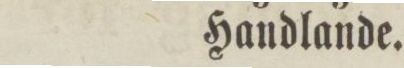
Handlande.